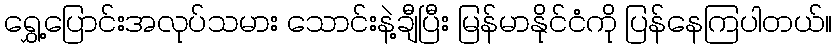
ရွှေ့ပြောင်းအလုပ်သမား သောင်းနဲ့ချီပြီး မြန်မာနိုင်ငံကို ပြန်နေကြပါတယ်။